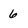
Character: 6